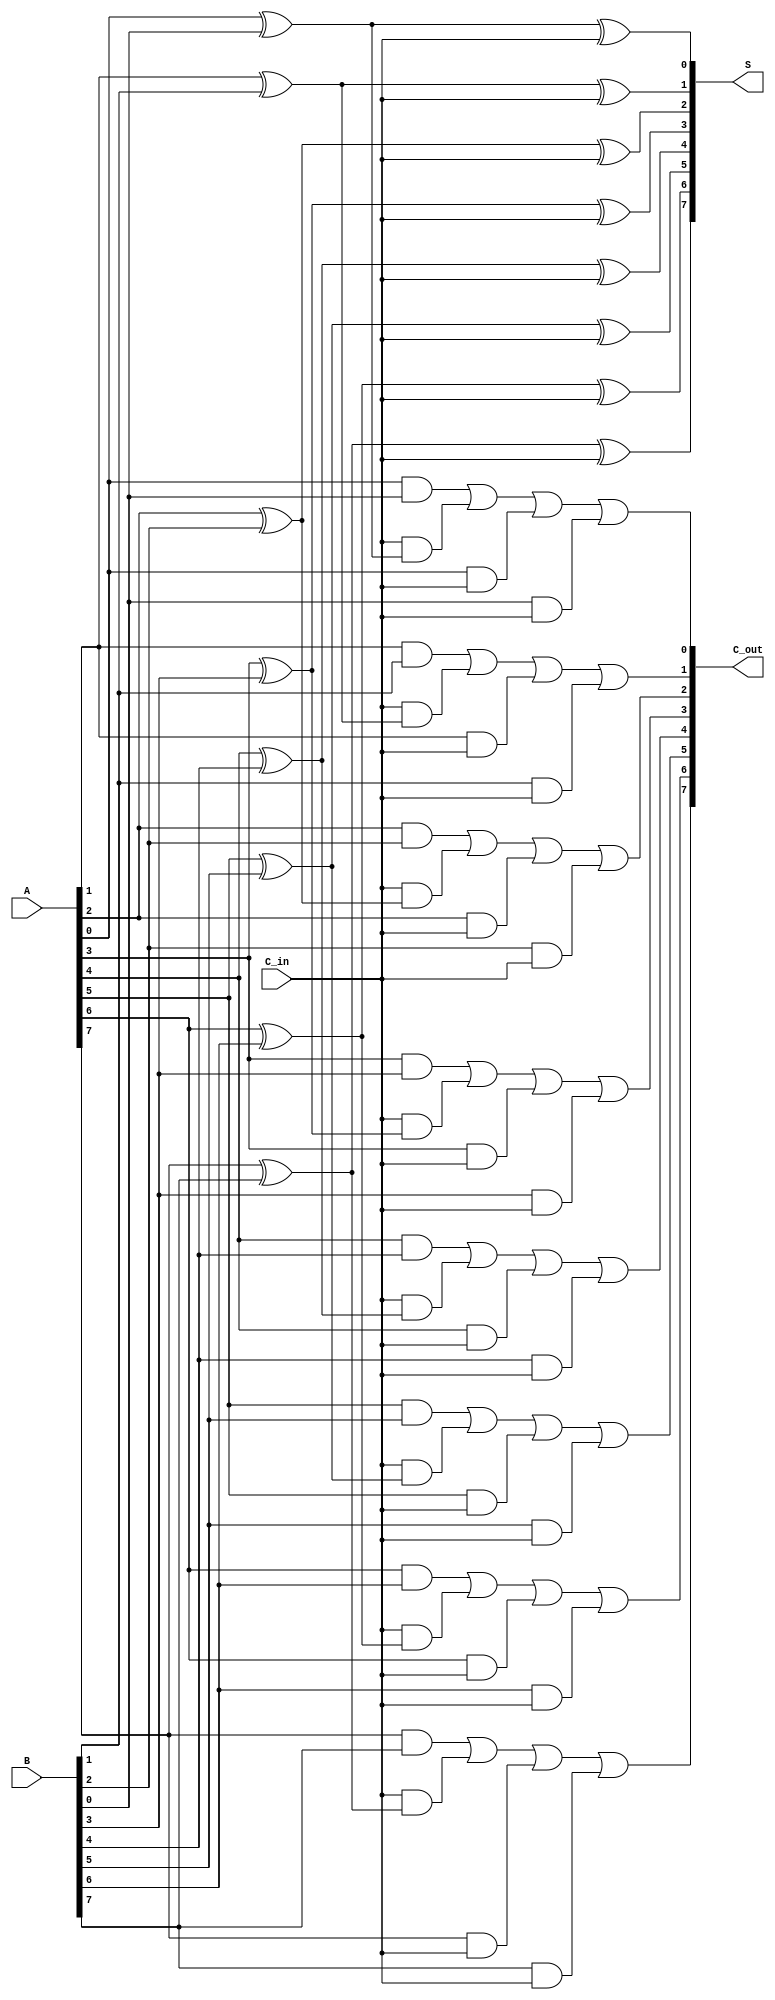
module carry_save_adder #(
    parameter N = 8  // Parameter for the bit-width of the inputs
)(
    input  [N-1:0] A,       // Input A
    input  [N-1:0] B,       // Input B
    input         C_in,     // Carry input
    output [N-1:0] S,       // Sum output
    output [N-1:0] C_out     // Carry output
);

// Generate sum and carry outputs
genvar i;
generate
    for (i = 0; i < N; i = i + 1) begin : csa_bit
        assign S[i] = A[i] ^ B[i] ^ C_in; // Sum calculation
        assign C_out[i] = (A[i] & B[i]) | (C_in & (A[i] ^ B[i])) | (A[i] & C_in) | (B[i] & C_in); // Carry calculation
    end
endgenerate

endmodule